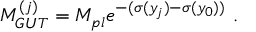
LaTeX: M _ { G U T } ^ { ( j ) } = M _ { p l } e ^ { - ( \sigma ( y _ { j } ) - \sigma ( y _ { 0 } ) ) } ~ . ~ \,